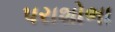
પરાશોભા